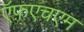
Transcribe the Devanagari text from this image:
ऍफ़एचएम